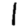
Digit: 1